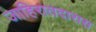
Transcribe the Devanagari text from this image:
जाहिरातदारास